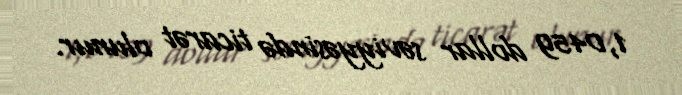
1,0459 dollar səviyyəsində ticarət olunur.